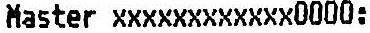
MASTER XXXXXXXXXXXX0000: